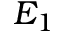
E _ { 1 }